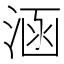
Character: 涵